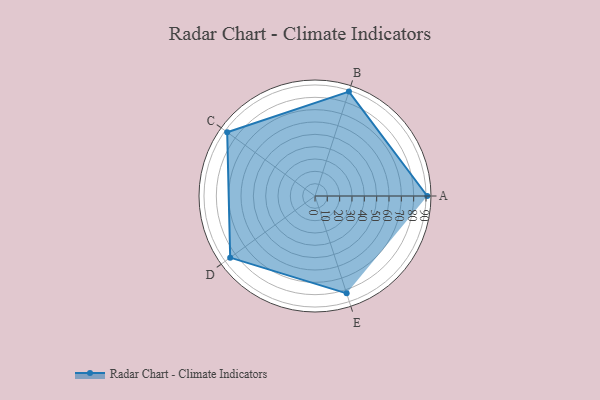
{"axis": {"x": "Skill", "y": "Score"}, "legend": ["Profile"], "data": [{"x": "A", "y": 91.0, "type": "Profile"}, {"x": "B", "y": 89.0, "type": "Profile"}, {"x": "C", "y": 88.0, "type": "Profile"}, {"x": "D", "y": 85.0, "type": "Profile"}, {"x": "E", "y": 83.0, "type": "Profile"}]}